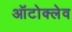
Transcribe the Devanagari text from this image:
ऑटोक्‍लेव